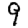
Digit: 9